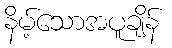
နိမ့်သောအပူချိန်